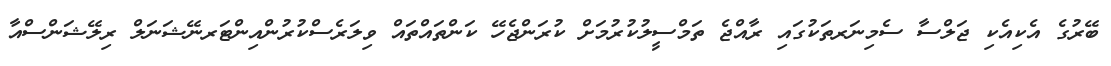
ބޭރުގެ އެކިއެކި ޖަލްސާ ސެމިނަރތަކުގައި ރާއްޖެ ތަމްސީލުކުރުމަށް ކުރަންޖެހޭ ކަންތައްތައް ވިލަރެސްކުރުންއިންޓަރނޭޝަނަލް ރިލޭޝަންސްއާ